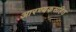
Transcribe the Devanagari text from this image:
आरण्यकसहित